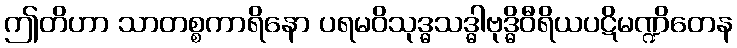
ဤတိဟာ သာတစ္စကာရိနော ပရမဝိသုဒ္ဓသဒ္ဓါဗုဒ္ဓိဝီရိယပဋိမဏ္ဍိတေန